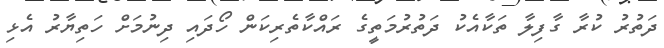
ދަތުރު ކުރާ ގާފިލާ ތަކާއެކު ދަތުރުމަތީގެ ރައްކާތެރިކަން ހޯދައި ދިނުމަށް ހަތިޔާރު އެޅި